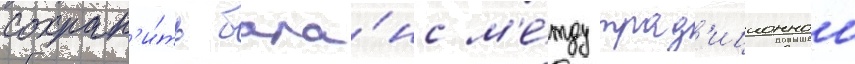
сохран'и́ть бала́нс м'е́жду трад'иционнои